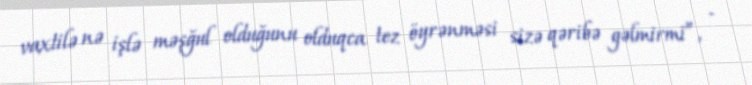
vaxtilə nə işlə məşğul olduğunu olduqca tez öyrənməsi sizə qəribə gəlmirmi”, -